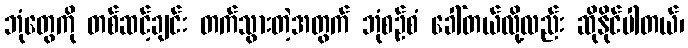
ဘုံတွေကို တစ်ဆင့်ချင်း တက်သွားတဲ့အတွက် ဘုံစဉ်စံ ခေါ်တယ်လို့လည်း ဆိုနိုင်ပါတယ်၊